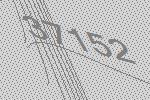
37152